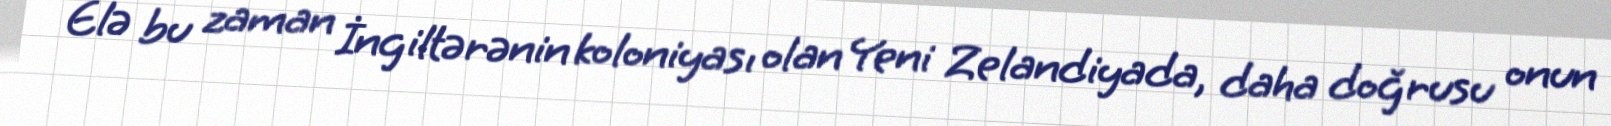
Elə bu zaman İngiltərənin koloniyası olan Yeni Zelandiyada, daha doğrusu onun